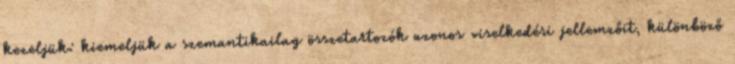
kezeljük: kiemeljük a szemantikailag összetartozók azonos viselkedési jellemzőit, különböző